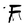
Character: F